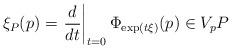
LaTeX: \begin{align*}\xi_P(p)=\left.\frac{d}{dt}\right|_{t=0}\Phi_{\operatorname{exp}(t\xi)}(p)\in V_pP\end{align*}